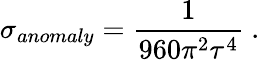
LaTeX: \sigma_{anomaly}={\frac{1}{960\pi^{2}\tau^{4}}}\ .